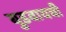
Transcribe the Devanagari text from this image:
बुडवायची